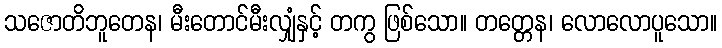
သဇောတိဘူတေန၊ မီးတောင်မီးလျှံနှင့် တကွ ဖြစ်သော။ တတ္တေန၊ လောလောပူသော။